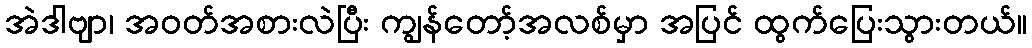
အဲဒါဗျာ၊ အဝတ်အစားလဲပြီး ကျွန်တော့်အလစ်မှာ အပြင် ထွက်ပြေးသွားတယ်။